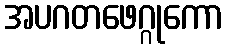
အပဂတဖေဂ္ဂုကော